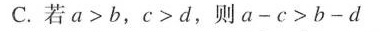
C.若$$a > b$$，$$c > d$$，则$$a - c > b - d$$